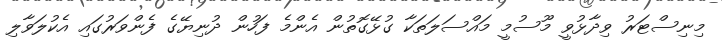
މިނިސްޓަރު ވިދާޅުވީ މޫސުމީ މައްސަލަތަކާ ގުޅޭގޮތުން އެންމެ ފަހުން ދުނިޔޭގެ ފެންވަރުގައި އެކުލަވާލި